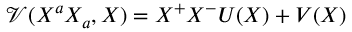
\mathcal { V } ( X ^ { a } X _ { a } , X ) = X ^ { + } X ^ { - } U ( X ) + V ( X )